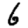
Digit: 6